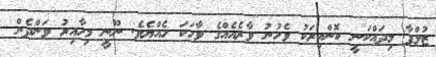
ޒުލްފާ މިދައްކަނީ ކޮންއިރަކު ވެހުނު ވާރެއެއްގެ ވާހަކަ ހެއްޔެވެ. ނޫނީ މިހާއިރު ވަންދެން